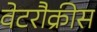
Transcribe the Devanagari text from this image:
वेटरौक्रीस